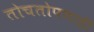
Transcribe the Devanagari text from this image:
तोचतोपणाही